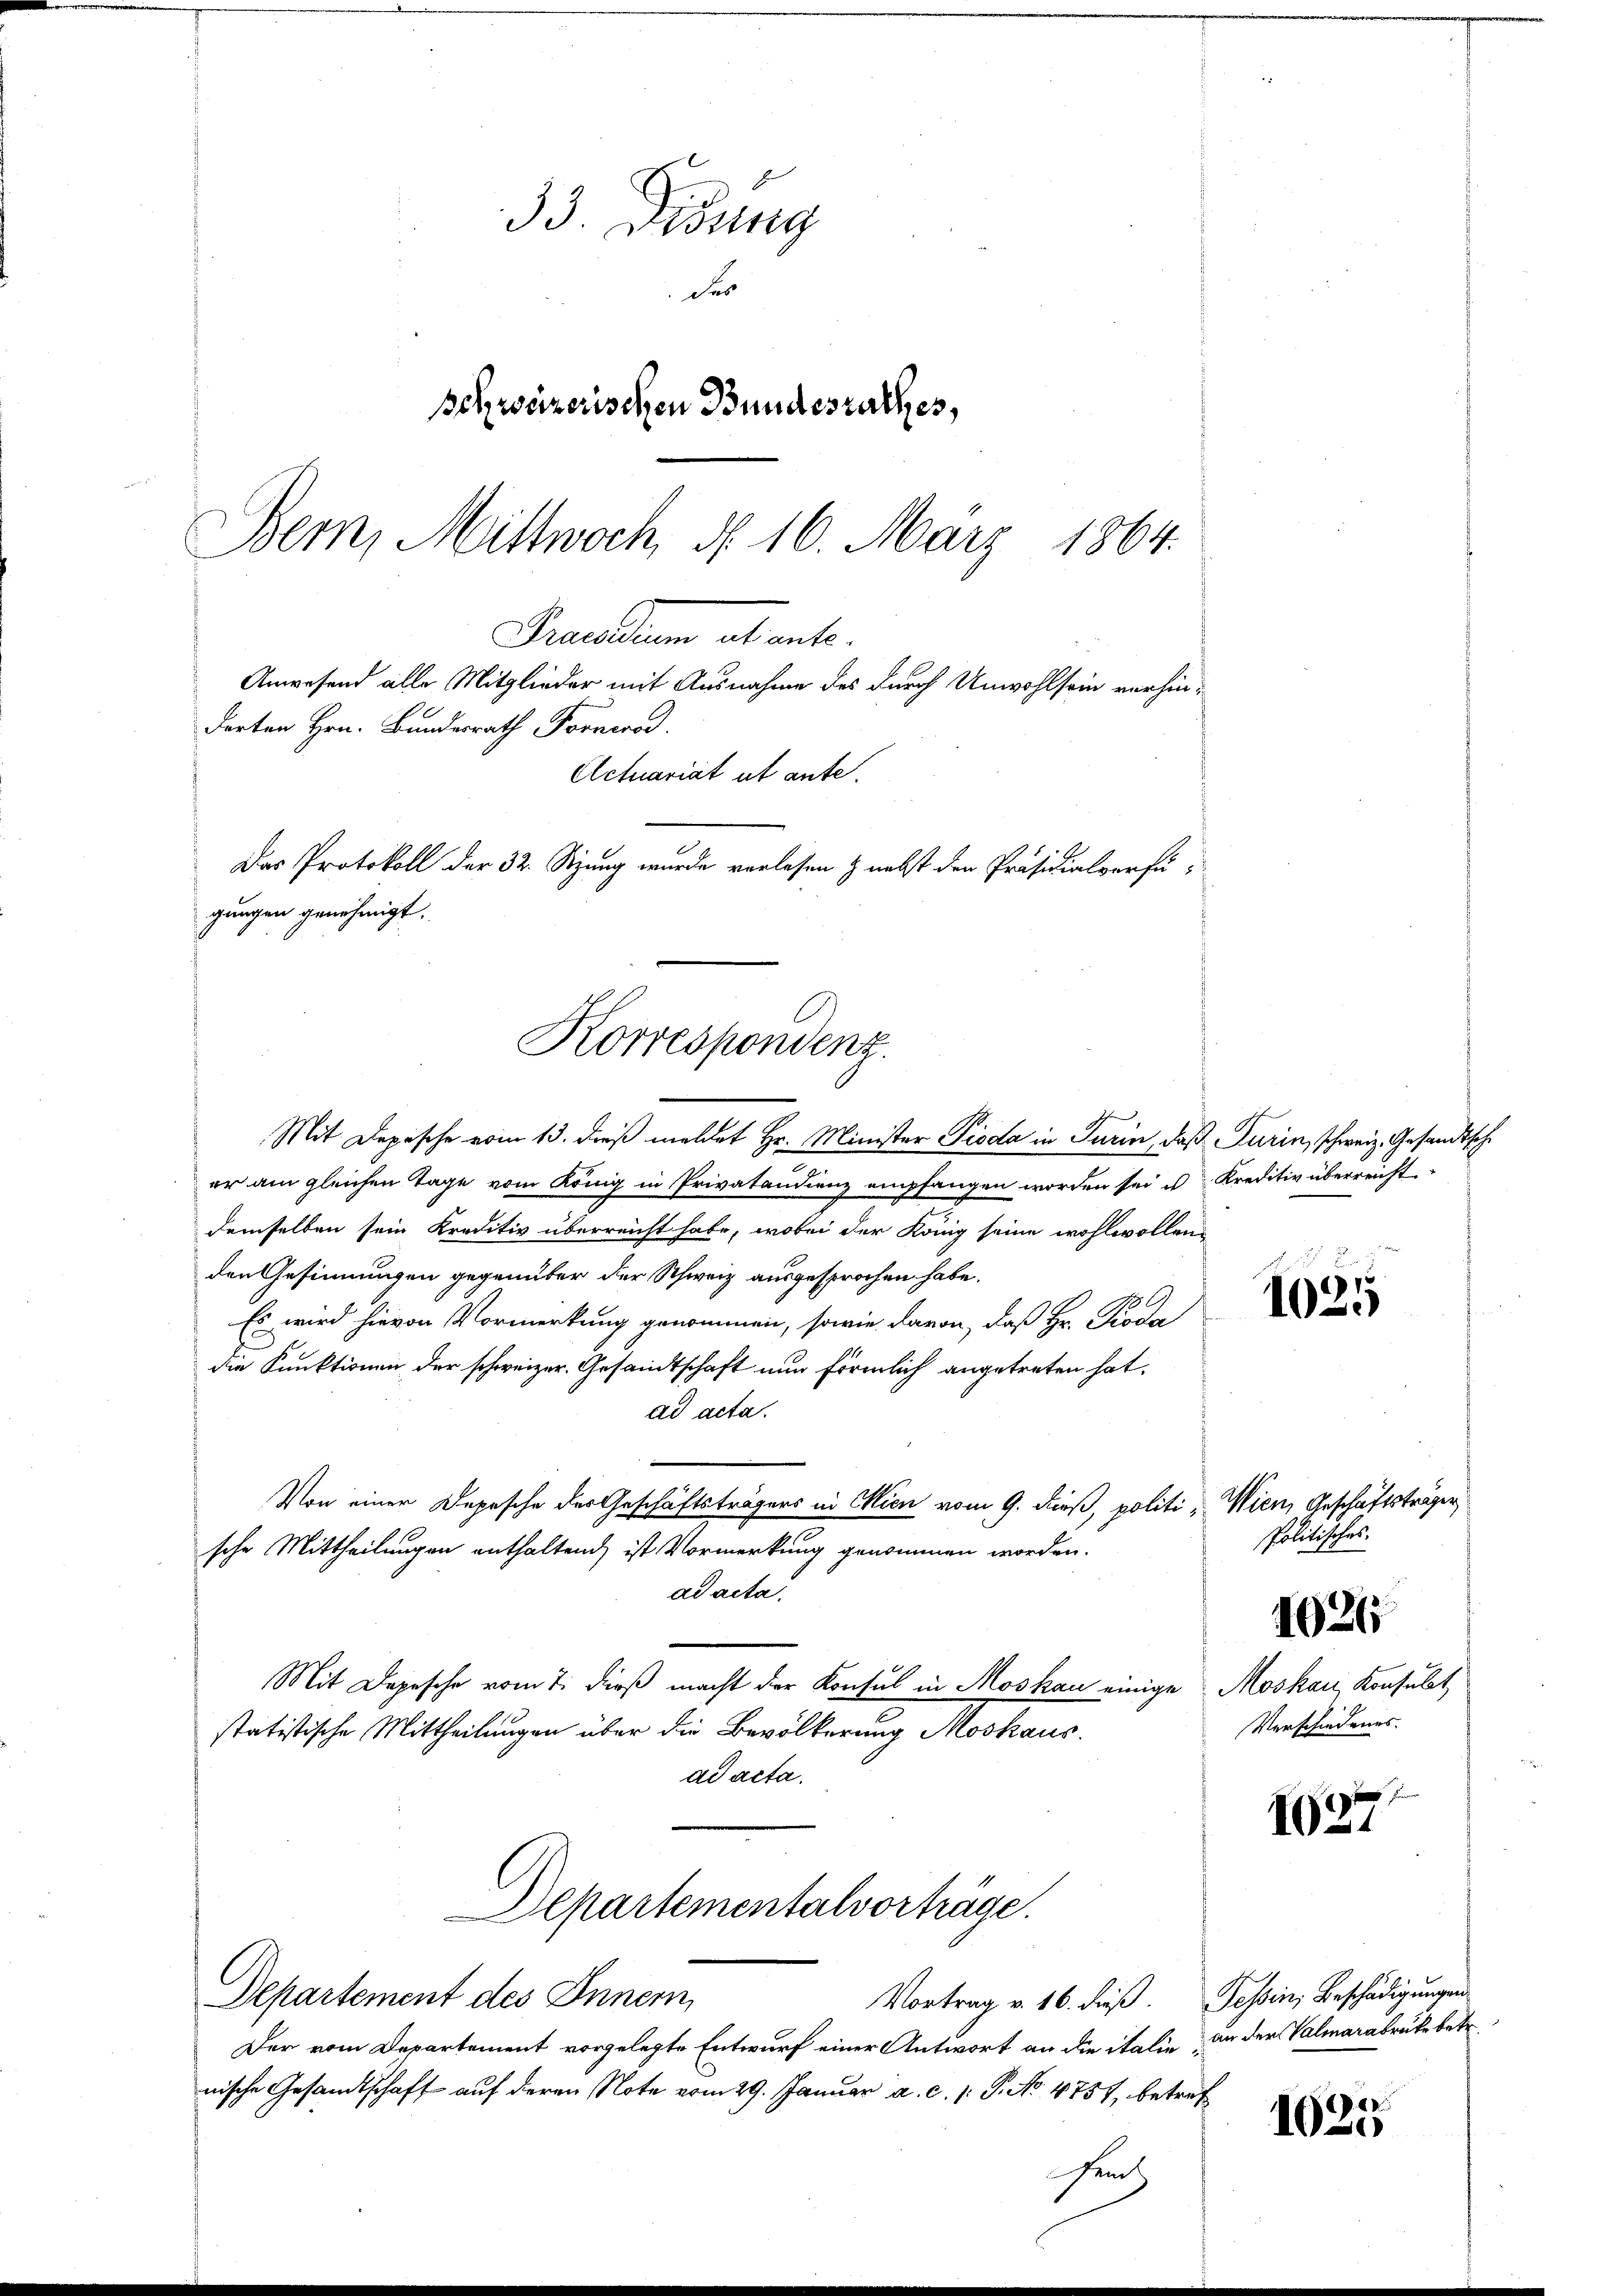
33. Disung
des
schweizerischen Bundesrathes,
Bem, Mittwoch d. 16. März 1864.

derten Hrn. Bundesrath Former.
gungen genehmigt.
Korrespondenz.

Praedium actante.
Anwesend alle Mitglieder mit Ausnahme des durch Unwohlsein verhin¬
Actuariat ut ante.
Das Protokoll der 32. Sitzung wurde verlesen & nebst den Präsidialverfü¬

Mit Depesche vom 13. dieß meldet Hr. Minister Pioda in Turin, daß Turin, schweiz. Gesandtsche
er am gleichen Tage vom König in Privataudienz empfangen worden sei u. Kreditiv überreicht.
demselben sein Kreditiv überreicht habe, wobei der König seine wohlwollenden Gesinnungen gegenüber der Schweiz ausgesprochen habe.
Es wird hievon Vormerkung genommen, sowie davon, daß Hr. Prode
die Funktionen der schweizer. Gesandtschaft nun förmlich angetreten hat.
ad acta.
Von einer Depesche des Geschäftsträgers in Wien vom 9. dieß, politi, Wien, Geschäftsträger
sche Mittheilungen enthaltend, ist Vormerkung genommen worden.
ad acta.
Mit Depesche vom 7. dieß macht der Konsul in Moskau einige Moskau, Konsulat
statistische Mittheilungen über die Bevölkerung Moskaus.
ad acta.
Departementalvorträge.
Departement des Innern,
Vortrag v. 16. dieß. Tessin, Beschädigungen
Der vom Departement vorgelegte Entwurf einer Antwort an die italie an der Valmarabrücke betr.
nische Gesandtschaft auf deren Note vom 29. Januar a. c. p. P. No 4757, betref

en

d
1025

Politisches.
1026
Verschiedenes.

1627

1025